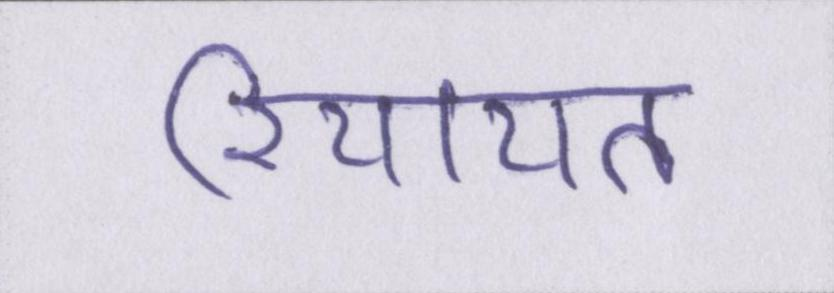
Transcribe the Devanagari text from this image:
रियायत